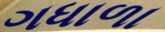
ગધાળા